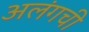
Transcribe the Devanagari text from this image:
अलंगची